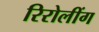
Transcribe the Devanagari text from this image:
रिरोलींग